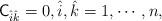
LaTeX: \begin{align*}\mathsf C_{\hat i\hat k}=0,\hat i,\hat k=1,\cdots, n,\end{align*}